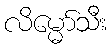
လိမ္မော်သီး